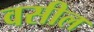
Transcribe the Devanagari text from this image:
वसील